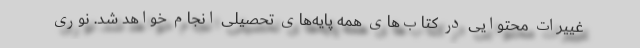
غییرات محتوایی در کتاب‌های همه پایه‌های تحصیلی انجام خواهد شد. نوری